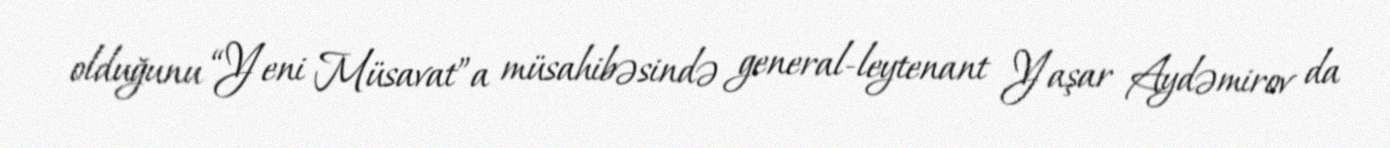
olduğunu “Yeni Müsavat”a müsahibəsində general-leytenant Yaşar Aydəmirov da